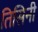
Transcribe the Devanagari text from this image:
तिसिनी